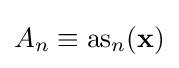
A_{n}\equiv {\rm {as}}_{n}(\mathbf {x} )